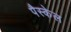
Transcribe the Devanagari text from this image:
पैस्केल